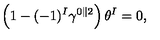
\left( 1 - ( - 1 ) ^ { I } \gamma ^ { 0 \parallel 2 } \right) \theta ^ { I } = 0 ,